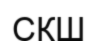
СҚШ